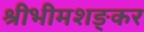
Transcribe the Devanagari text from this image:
श्रीभीमशङ्कर